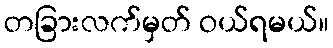
တခြားလက်မှတ် ဝယ်ရမယ်။